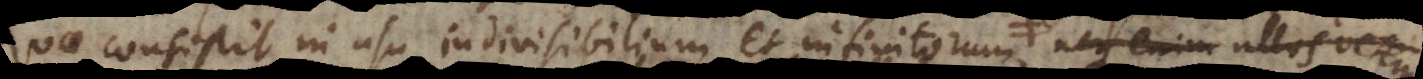
quae consistit in usu indivisibilium et infinitorum pro curvilineis met